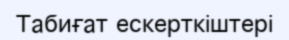
Табиғат ескерткіштері